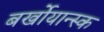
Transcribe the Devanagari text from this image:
बर्खोयान्स्क